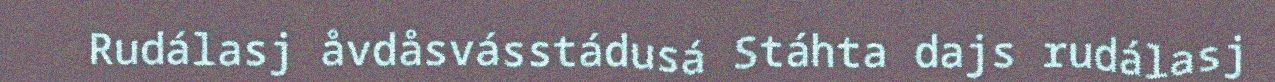
Rudálasj åvdåsvásstádusá Stáhta dajs rudálasj